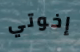
إخوتي